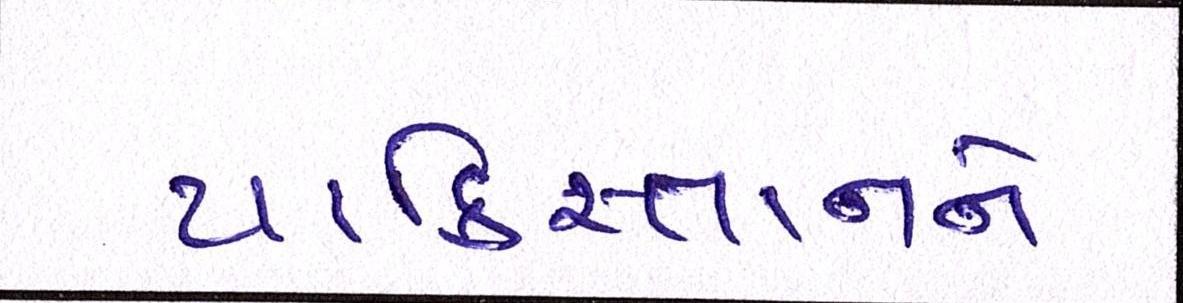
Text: પાકિસ્તાનને